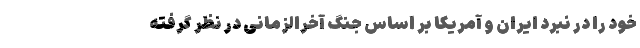
خود را در نبرد ایران و آمریکا بر اساس جنگ آخر‌الزمانی در نظر گرفته